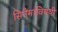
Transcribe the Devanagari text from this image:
सिनेमाविषयी